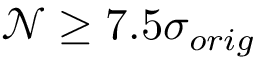
\mathcal { N } \ge 7 . 5 \sigma _ { o r i g }